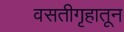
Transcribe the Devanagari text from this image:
वसतीगृहातून